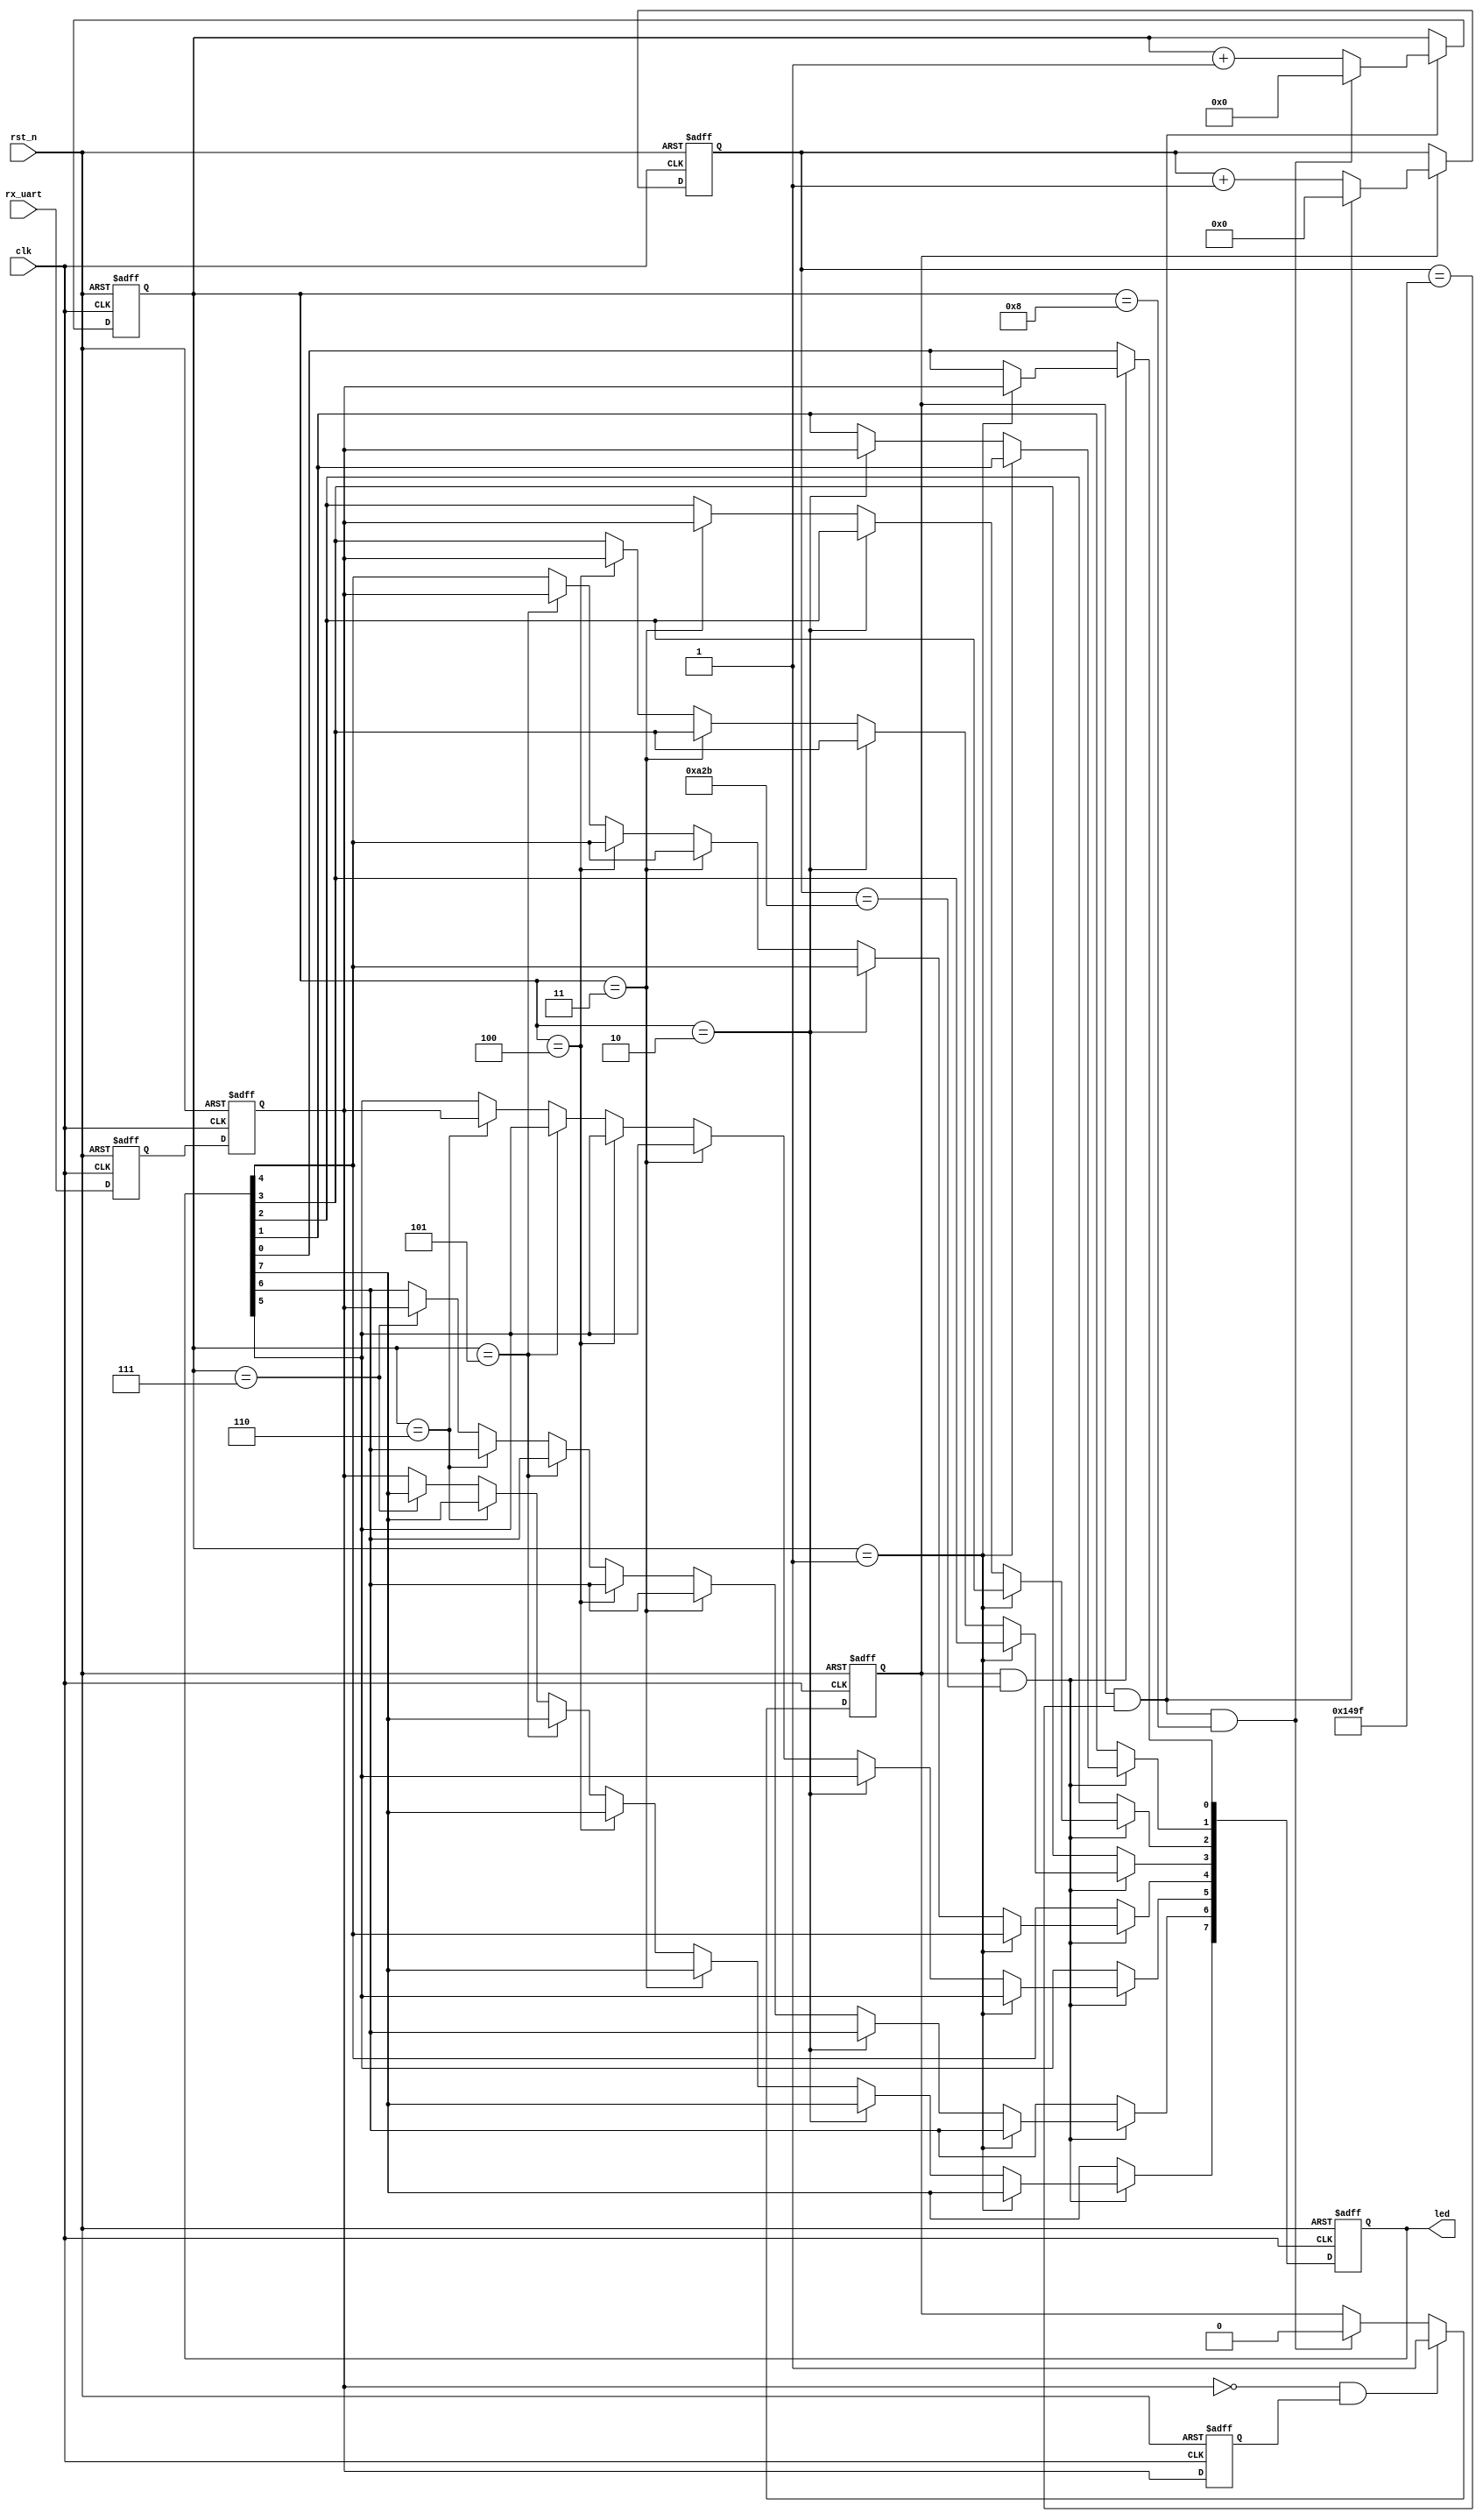

module uart(

    clk       ,
    rst_n     ,
    rx_uart   ,
    led 
);

input         clk      ;
input         rst_n    ;
input         rx_uart  ;
output [7:0]  led      ;
reg    [7:0]  led      ;    


//5280
reg [12:0] cnt0        ;
wire       add_cnt0    ;
wire       end_cnt0    ;


//
reg [3:0]  cnt1         ;
wire       add_cnt1     ;
wire       end_cnt1     ;

//flag_add
reg        flag_add     ;


//
reg        rx_uart_ff0  ;
reg        rx_uart_ff1  ;
reg        rx_uart_ff2  ;


//96001bit1bit
//1s/9600 = 104166ns
//50MZ 
//104166/20 = 5208 
//
//
//flag_add,cnt0cnt1
always @(posedge clk or negedge rst_n)begin
    if(!rst_n)begin
        cnt0 <= 0;
    end
    else if(add_cnt0)begin
        if(end_cnt0)
            cnt0 <= 0;
        else
            cnt0 <= cnt0 + 1;
    end
end

assign add_cnt0 =flag_add ;       
assign end_cnt0 = add_cnt0 && cnt0 == 5280-1 ; 


//bit
//5280
//
always @(posedge clk or negedge rst_n)begin
    if(!rst_n)begin
        cnt1 <= 0;
    end
    else if(add_cnt1)begin
        if(end_cnt1)
            cnt1 <= 0;
        else
            cnt1 <= cnt1 + 1;
    end
end

assign add_cnt1 = end_cnt0;       
assign end_cnt1 = add_cnt1 && cnt1== 9-1 ;   



//flag_add rx_uart

//
/*
always @(posedge clk or negedge rst_n)begin
    if(rst_n==1'b0) begin
        tri_ff0 <= 0;
    end
    else begin 
        tri_ff0 <= tigger ;
    end
end
// 10 neg_edge 
// 01 pos_edge 
assign neg_edge = trigger ==0 && tri_ff0==1 ;
assign pos_edge = trigger ==1 && tri_ff0==0 ;
*/


//
//
always @(posedge clk or negedge rst_n) begin 
    if(rst_n ==1'b0) begin 
        rx_uart_ff0 <= 1 ;
        rx_uart_ff1 <= 1 ;
        rx_uart_ff2 <= 1 ;
    end
    else begin 
        rx_uart_ff0 <= rx_uart     ;
        rx_uart_ff1 <= rx_uart_ff0 ;
        rx_uart_ff2 <= rx_uart_ff1 ;
    end
end

always @(posedge clk or negedge rst_n)begin
    if(rst_n ==1'b0)begin
        flag_add <= 0 ;
    end
    else if(rx_uart_ff1==0&&rx_uart_ff2==1) begin
        flag_add <= 1 ;
    end
    else if(end_cnt1) begin
        flag_add <= 0 ;
    end
end


always @(posedge clk or negedge rst_n) begin 
     if(rst_n == 1'b0) begin 
         led <= 8'hff ;
     end
     else if(add_cnt0 && cnt0 ==5208/2-1)begin
          if(cnt1==1)
              led[0] <= rx_uart_ff1 ; 
          else if(cnt1==2)
              led[1] <= rx_uart_ff1 ;
          else if(cnt1==3)
              led[2] <= rx_uart_ff1 ;
          else if(cnt1==4)
              led[3] <= rx_uart_ff1 ;
          else if(cnt1==5)
              led[4] <= rx_uart_ff1 ;
          else if(cnt1==6)
              led[5] <= rx_uart_ff1 ;
          else if(cnt1==7)
              led[6] <= rx_uart_ff1 ;
          else
              led[7] <= rx_uart_ff1 ;
      end
  end

// 
/*  always@(posedge clk or negedge rst_n) begin
      if(rst_n ==1'b0) begin
          led <= 0 ;
      end
      else if(add_cnt0 && cnt0=5208/2-1&&cnt1>=1&&cnt1<=9)
           begin 
           led[cnt1-1] <= rx_uart_ff1 ;
       end
   end
   
*/

endmodule